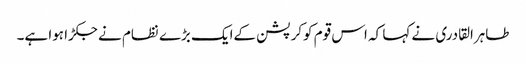
طاہرالقادری نے کہا کہ اس قوم کوکرپشن کےایک بڑے نظام نے جکڑا ہوا ہے۔